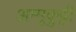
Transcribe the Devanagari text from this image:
अम्मुकुट्टी